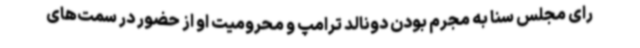
رای مجلس سنا به مجرم بودن دونالد ترامپ و محرومیت او از حضور در سمت‌های